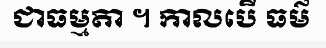
ជាធម្មតា ។ កាលបើ ធម៌